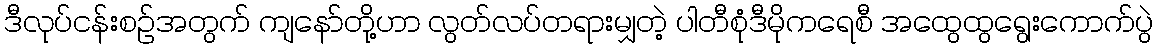
ဒီလုပ်ငန်းစဉ်အတွက် ကျနော်တို့ဟာ လွတ်လပ်တရားမျှတဲ့ ပါတီစုံဒီမိုကရေစီ အထွေထွရွေးကောက်ပွဲ